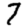
Digit: 7